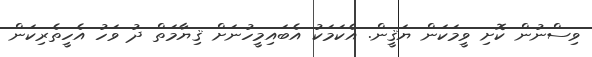
ވިސްނުން ކޮށި ވީމަކަން ޔަޤީން. އެކަމަކު އެބައިމީހުނަށް ޤިޔާމަތް ދު ވަހު އެހީތެރިކަން